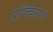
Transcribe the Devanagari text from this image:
प्राप्‍तिकराचे